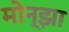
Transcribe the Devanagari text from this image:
मोन्झा